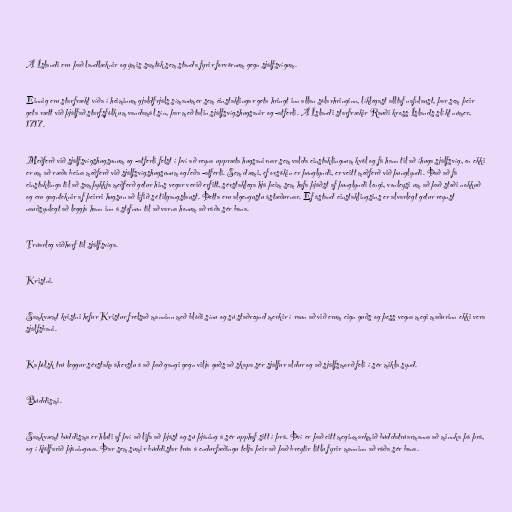
Á Íslandi eru það landlæknir og ýmis samtök sem standa fyrir forvörnum gegn sjálfsvígum.

Einnig eru starfrækt víða í heiminum gjaldfrjáls símanúmer sem einstaklingar geta hringt inn allan sólarhringinn, líklegast alltaf nafnlaust, þar sem þeir
geta rætt við þjálfað starfsfólk um vandamál sín, þar með talin sjálfsvígshugsanir og -atferli. Á Íslandi starfrækir Rauði kross Íslands slíkt númer,
1717.

Meðferð við sjálfsvígshugsunum og -atferli felst í því að reyna uppræta hugsanirnar sem valda einstaklingnum kvöl og fá hann til að íhuga sjálfsvíg, en ekki
er um að ræða beina meðferð við sjálfsvígshugsunum og/eða -atferli. Sem dæmi, ef orsökin er þunglyndi, er veitt meðferð við þunglyndi. Það að fá
einstaklinga til að samþykkja meðferð getur hins vegar verið erfitt, sérstaklega hjá þeim sem hafa þjáðst af þunglyndi lengi, vonleysi um að það stoði nokkuð
og eru gagnteknir af þeirri hugsun að lífið sé tilgangslaust. Þetta eru algengustu ástæðurnar. Ef ástand einstaklingsins er alvarlegt getur reynst
nauðsynlegt að leggja hann inn á stofnun til að varna honum að ráða sér bana.

Trúarleg viðhorf til sjálfsvíga.

Kristni.

Samkvæmt kristni hefur Kristur frelsað manninn með blóði sínu og sú staðreynd merkir í raun að við erum eign guðs og þess vegna megi maðurinn ekki vera
sjálfsbani.

Kaþólsk trú leggur sérstaka áherslu á að það gangi gegn vilja guðs að skapa sér sjálfur aldur og að sjálfsmorð feli í sér mikla synd.

Búddismi.

Samkvæmt búddisma er hluti af því að lifa að þjást og sú þjáning á sér upphaf sitt í þrá. Því er það eitt meginmarkmið búddatrúarmanna að minnka þá þrá,
og í kjölfarið þjáninguna. Þar sem sumir búddistar trúa á endurfæðingu telja þeir að það breytir litlu fyrir manninn að ráða sér bana.